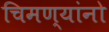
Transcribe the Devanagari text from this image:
चिमण्यांनो